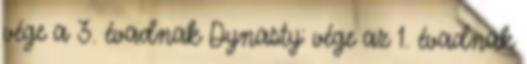
vége a 3. évadnak Dynasty: vége az 1. évadnak